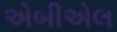
એબીએલ